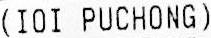
(IOI PUCHONG)